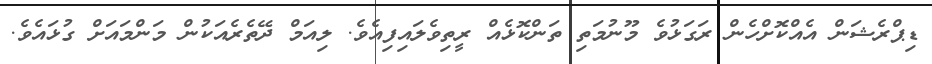
ޑިޕްރެޝަން އެއްކޮށްހެން ރަގަޅުވެ މޫނުމަތި ތަންކޮޅެއް ރީތިވެލައިފިއެވެ. ލިއަމް ދޭތެރެއަކުން މަންމައަށް ގުޅައެވެ.